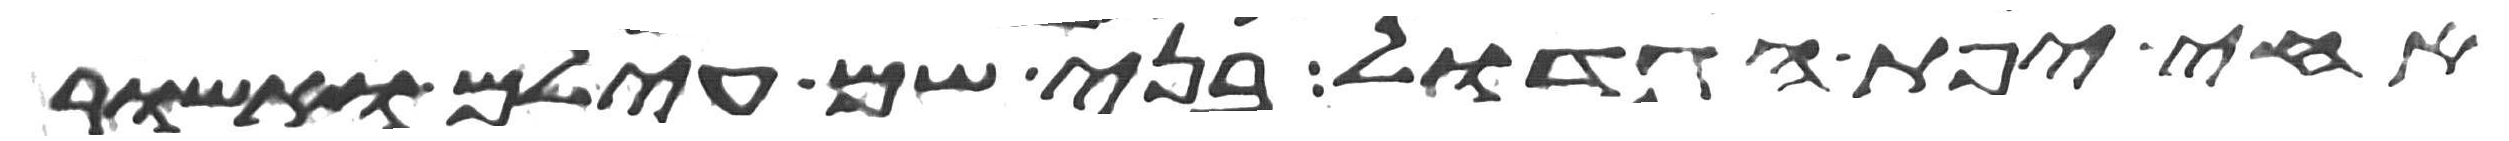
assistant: אחי יפת הגדול בני שם עילם ואשור